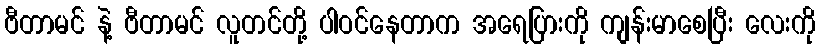
ဗီတာမင် နဲ့ ဗီတာမင် လူတင်တို့ ပါဝင်နေတာက အရေပြားကို ကျန်းမာစေပြီး လေးကို